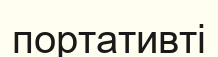
портативті